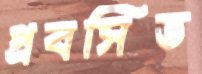
প্রবসিত